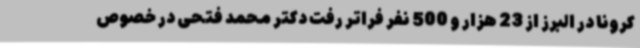
کرونا در البرز از 23 هزار و 500 نفر فراتر رفت دکتر محمد فتحی در خصوص